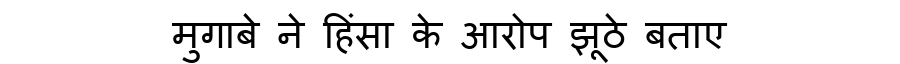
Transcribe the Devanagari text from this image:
मुगाबे ने हिंसा के आरोप झूठे बताए